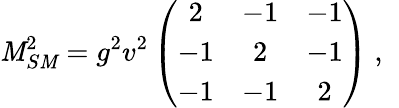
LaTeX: \mathit{M}_{S\mathit{M}}^{2}=g^{2}v^{2}\left(\begin{array}{ccc}{{2}}&{{-1}}&{{-1}}\\ {{-1}}&{{2}}&{{-1}}\\ {{-1}}&{{-1}}&{{2}}\end{array}\right)~,~\,